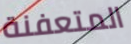
المتعفنة